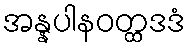
အန္နပါနဝတ္ထဒဒံ